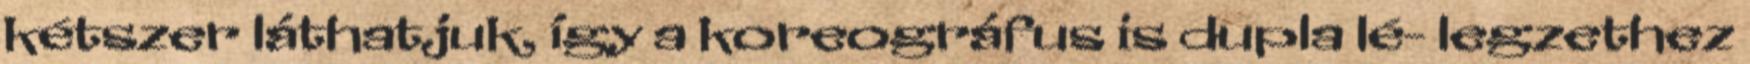
kétszer láthatjuk, így a koreográfus is dupla lé- legzethez